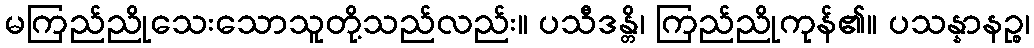
မကြည်ညိုသေးသောသူတို့သည်လည်း။ ပသီဒန္တိ၊ ကြည်ညိုကုန်၏။ ပသန္နာနဉ္စ၊